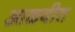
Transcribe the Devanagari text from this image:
आळवीत